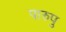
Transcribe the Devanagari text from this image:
पारुपु